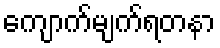
ကျောက်မျက်ရတနာ